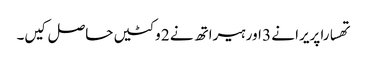
تھسارا پریرا نے 3 اور ہیراتھ نے 2 وکٹیں حاصل کیں۔